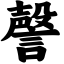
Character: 謦